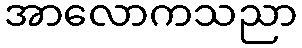
အာလောကသညာ